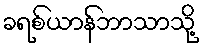
ခရစ်ယာန်ဘာသာသို့